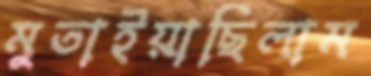
মুতাইয়াছিলাম